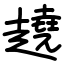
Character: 趬